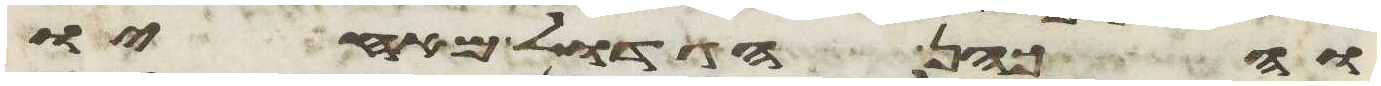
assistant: והכהן הגדול מאחיו